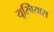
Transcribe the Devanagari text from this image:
यूस्बियास